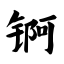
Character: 锕